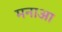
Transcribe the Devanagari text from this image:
मनाआ